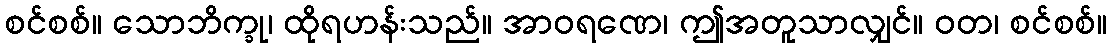
စင်စစ်။ သောဘိက္ခု၊ ထိုရဟန်းသည်။ အာဝရဏေ၊ ဤအတူသာလျှင်။ ဝတ၊ စင်စစ်။